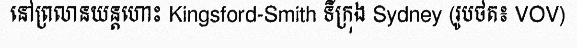
នៅព្រលានយន្តហោះ Kingsford-Smith ទីក្រុង Sydney (រូបថត៖ VOV)